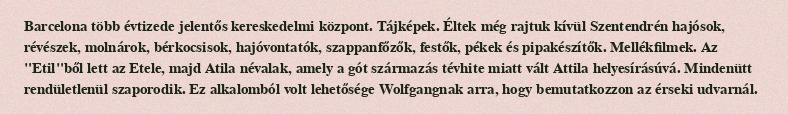
Barcelona több évtizede jelentős kereskedelmi központ. Tájképek. Éltek még rajtuk kívül Szentendrén hajósok, révészek, molnárok, bérkocsisok, hajóvontatók, szappanfőzők, festők, pékek és pipakészítők. Mellékfilmek. Az "Etil"ből lett az Etele, majd Atila névalak, amely a gót származás tévhite miatt vált Attila helyesírásúvá. Mindenütt rendületlenül szaporodik. Ez alkalomból volt lehetősége Wolfgangnak arra, hogy bemutatkozzon az érseki udvarnál.